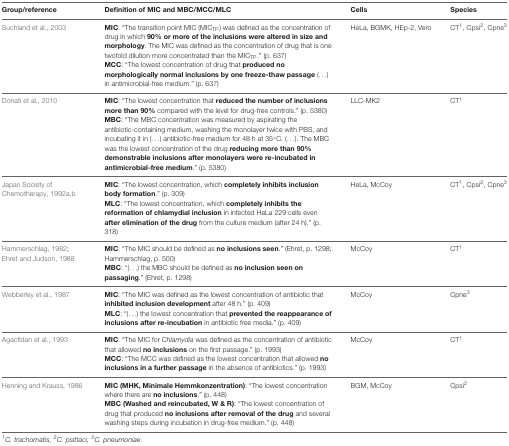
<table><thead><tr><td><b>Group/reference</b></td><td><b>Definition of MIC and MBC/MCC/MLC</b></td><td><b>Cells</b></td><td><b>Species</b></td></tr></thead><tbody><tr><td>Suchland et al., 2003</td><td><b>MIC</b>: “The transition point MIC (MIC<sub>TP</sub>) was defined as the concentration of drug in which <b>90% or more of the inclusions were altered in size and morphology</b>. The MIC was defined as the concentration of drug that is one twofold dilution more concentrated than the MIC<sub>TP</sub>.” (p. 637) <b>MCC</b>: “The lowest concentration of drug that <b>produced no morphologically normal inclusions by one freeze-thaw passage</b> (...) in antimicrobial-free medium.” (p. 637)</td><td>HeLa, BGMK, HEp-2, Vero</td><td>CT<sup>1</sup>, Cpsi<sup>2</sup>, Cpne<sup>3</sup></td></tr><tr><td>Donati et al., 2010</td><td><b>MIC</b>: “The lowest concentration that <b>reduced the number of inclusions more than 90%</b> compared with the level for drug-free controls.” (p. 5380) <b>MBC</b>: “The MBC concentration was measured by aspirating the antibiotic-containing medium, washing the monolayer twice with PBS, and incubating it in (...) antibiotic-free medium for 48 h at 35°C. (...). The MBC was the lowest concentration of the drug <b>reducing more than 90% demonstrable inclusions after monolayers were re-incubated in antimicrobial-free medium</b>.” (p. 5380)</td><td>LLC-MK2</td><td>CT<sup>1</sup></td></tr><tr><td>Japan Society of Chemotherapy, 1992a,b</td><td><b>MIC</b>: “The lowest concentration, which <b>completely inhibits inclusion body formation</b>.” (p. 309) <b>MLC</b>: “The lowest concentration, which <b>completely inhibits the reformation of chlamydial inclusion</b> in infected HeLa 229 cells even <b>after elimination of the drug</b> from the culture medium (after 24 h).” (p. 318)</td><td>HeLa, McCoy</td><td>CT<sup>1</sup>, Cpsi<sup>2</sup>, Cpne<sup>3</sup></td></tr><tr><td>Hammerschlag, 1982; Ehret and Judson, 1988</td><td><b>MIC</b>: “The MIC should be defined as <b>no inclusions seen</b>.” (Ehret, p. 1298; Hammerschlag, p. 500) <b>MBC</b>: “(...) the MBC should be defined as <b>no inclusion seen on passaging</b>.” (Ehret, p. 1298)</td><td>McCoy</td><td>CT<sup>1</sup></td></tr><tr><td>Webberley et al., 1987</td><td><b>MIC</b>: “The MIC was defined as the lowest concentration of antibiotic that <b>inhibited inclusion development</b> after 48 h.” (p. 409) <b>MLC</b>: “(...) the lowest concentration that <b>prevented the reappearance of inclusions after re-incubation</b> in antibiotic free media.” (p. 409)</td><td>McCoy</td><td>Cpne<sup>3</sup></td></tr><tr><td>Agacfidan et al., 1993</td><td><b>MIC</b>: “The MIC for <i>Chlamydia</i> was defined as the concentration of antibiotic that allowed <b>no inclusions</b> on the first passage.” (p. 1993) <b>MCC</b>: “The MCC was defined as the lowest concentration that allowed <b>no inclusions in a further passage</b> in the absence of antibiotics.” (p. 1993)</td><td>McCoy</td><td>CT<sup>1</sup></td></tr><tr><td>Henning and Krauss, 1986</td><td><b>MIC (MHK, Minimale Hemmkonzentration)</b>: “The lowest concentration where there are <b>no inclusions</b>.” (p. 448) <b>MBC (Washed and reincubated, W &amp; R)</b>: “The lowest concentration of drug that produced <b>no inclusions after removal of the drug</b> and several washing steps during incubation in drug-free medium.” (p. 448)</td><td>BGM, McCoy</td><td>Cpsi<sup>2</sup></td></tr></tbody></table>